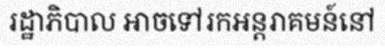
រដ្ឋាភិបាល អាចទៅរកអន្តរាគមន៍នៅ